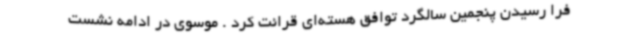
فرا رسیدن پنجمین سالگرد توافق هسته‌ای قرائت کرد . موسوی در ادامه نشست